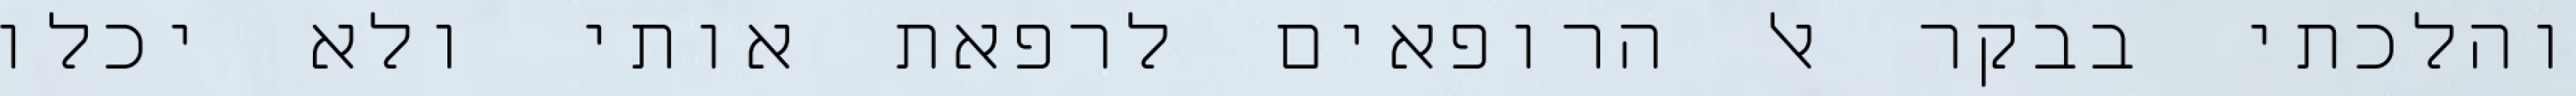
והלכתי בבקר אל הרופאים לרפאת אותי ולא יכלו